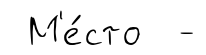
М'е́сто -